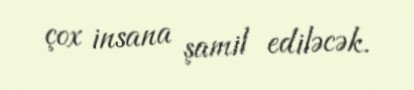
çox insana şamil ediləcək.